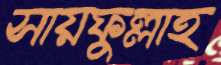
সায়ফুল্লাহ